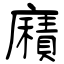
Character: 廭